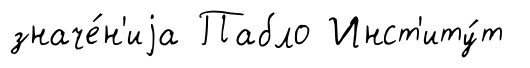
значе́н'иjа Пабло Инст'иту́т